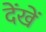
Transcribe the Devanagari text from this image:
देंखें